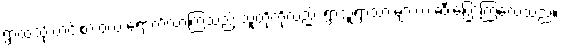
ရွာထဲသို့ ဟင်းစားဝယ် ရောက်လာကြသည့် သူတို့ကိုလည်း ရွာသူရွာသားများက ဆီးပြောကြလေသည်။